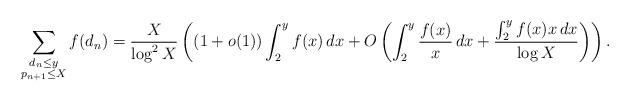
LaTeX: \begin{align*}\sum_{\substack{d_n\le y\\ p_{n+1}\le X}}f(d_n)=\frac{X}{\log^2 X}\left(\left(1+o(1)\right)\int_{2}^yf(x)\,dx+O\left(\int_{2}^y\frac{f(x)}{x}\,dx+\frac{\int_{2}^{y}f(x)x\,dx}{\log X}\right)\right).\end{align*}